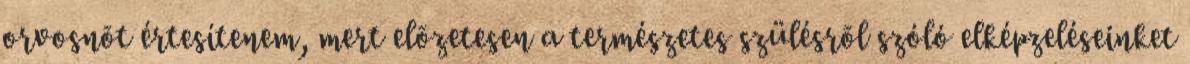
orvosnõt értesítenem, mert elõzetesen a természetes szülésrõl szóló elképzeléseinket